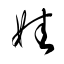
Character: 娃